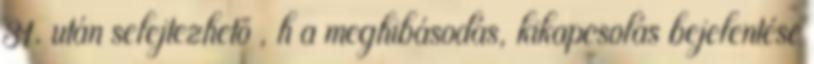
31. után selejtezhetõ , h a meghibásodás, kikapcsolás bejelentése